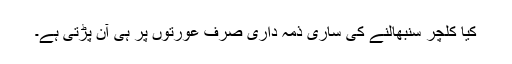
کیا کلچر سنبھالنے کی ساری ذمہ داری صرف عورتوں پر ہی آن پڑتی ہے۔